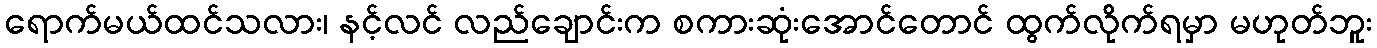
ရောက်မယ်ထင်သလား၊ နင့်လင် လည်ချောင်းက စကားဆုံးအောင်တောင် ထွက်လိုက်ရမှာ မဟုတ်ဘူး